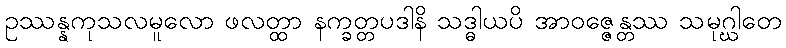
ဥဿန္နကုသလမူလော ဖလတ္ထာ နက္ခတ္တပဒါနိ သဒ္ဓါယပိ အာဝဇ္ဇေန္တဿ သမုဂ္ဃါတေ